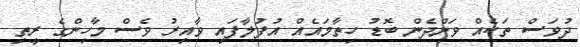
ދުވަސް ތަކެއް ވަންދެން ބޮޑު ހިތާމައެއް އުފުލާފައި ވާއިރު ވެސް މާހިންގެ ރީތި